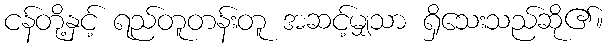
ငန်တို့နှင့် ရည်တူတန်းတူ အဆင့်မျှသာ ရှိသေးသည်ဆို၏။